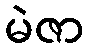
မဲဇာ